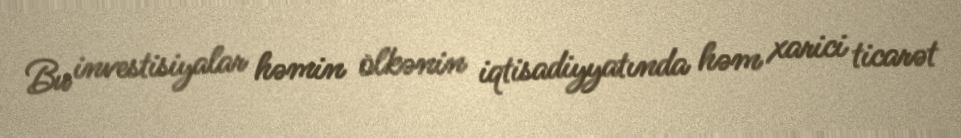
Bu investisiyalar həmin ölkənin iqtisadiyyatında həm xarici ticarət